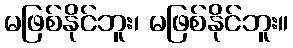
မဖြစ်နိုင်ဘူး၊ မဖြစ်နိုင်ဘူး။